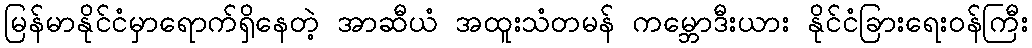
မြန်မာနိုင်ငံမှာရောက်ရှိနေတဲ့ အာဆီယံ အထူးသံတမန် ကမ္ဘောဒီးယား နိုင်ငံခြားရေးဝန်ကြီး